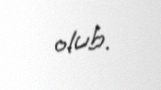
olub.